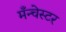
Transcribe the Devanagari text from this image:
मँन्चेस्टर